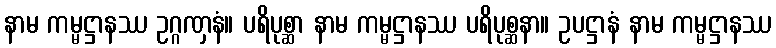
နာမ ကမ္မဋ္ဌာနဿ ဥဂ္ဂဏှနံ။ ပရိပုစ္ဆာ နာမ ကမ္မဋ္ဌာနဿ ပရိပုစ္ဆနာ။ ဥပဋ္ဌာနံ နာမ ကမ္မဋ္ဌာနဿ